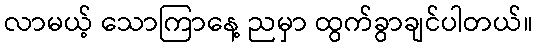
လာမယ့် သောကြာနေ့ ညမှာ ထွက်ခွာချင်ပါတယ်။